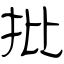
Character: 批